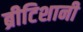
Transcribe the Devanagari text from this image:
ब्रीटिशानी